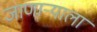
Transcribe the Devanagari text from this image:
जाणाऱ्याला